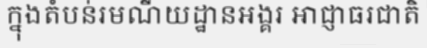
ក្នុងតំបន់រមណីយដ្ឋានអង្គរ អាជ្ញាធរជាតិ